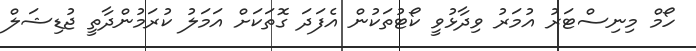
ހޯމް މިނިސްޓަރު އުމަރު ވިދާޅުވީ ކޯޓުތަކުން އެފަދަ ގޮތަކަށް އަމަލު ކުރަމުންދާތީ ޖުޑިޝަލް